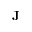
\textbf { J }